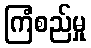
ကြံစည်မှု